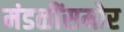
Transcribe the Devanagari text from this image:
मंडळींसमोर